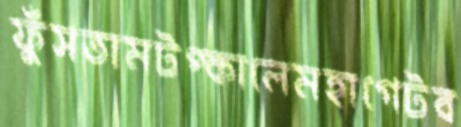
ফুঁসতামটপ্‌কালেমহাগেটব